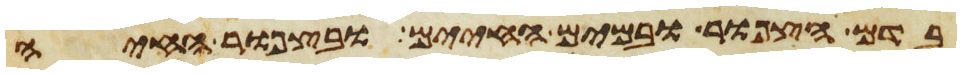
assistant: בדם הצפור ובמים החיים ובצפור החיה